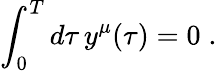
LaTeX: \int_{0}^{T}d\tau\, y^{\mu}(\tau)=0\; .